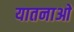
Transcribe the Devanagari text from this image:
यातनाआें